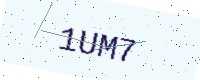
Text: 1UM7